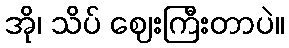
အို၊ သိပ် ဈေးကြီးတာပဲ။